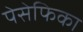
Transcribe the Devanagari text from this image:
पेसेफिका